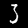
Digit: 3